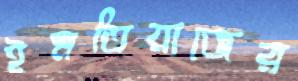
ইমতিয়াজের